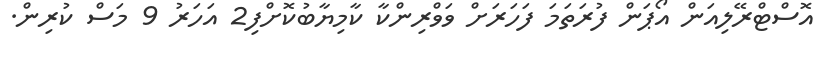
އޮސްޓްރޭލިއަން އޯޕަން ފުރަތަމަ ފަހަރަށް ވަވްރިންކާ ކާމިޔާބުކޮށްފި2 އަހަރު 9 މަސް ކުރިން.